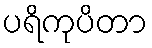
ပရိကုပိတာ